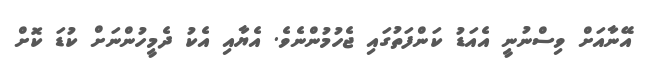
އޭނާއަށް ވިސްނުނީ އެއަޑު ކަންފަތުގައި ޖެހުމުންނެވެ. އެޔާއި އެކު ދެމީހުންނަށް ކުޑަ ކޮށް